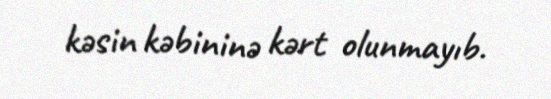
kəsin kəbininə kərt olunmayıb.